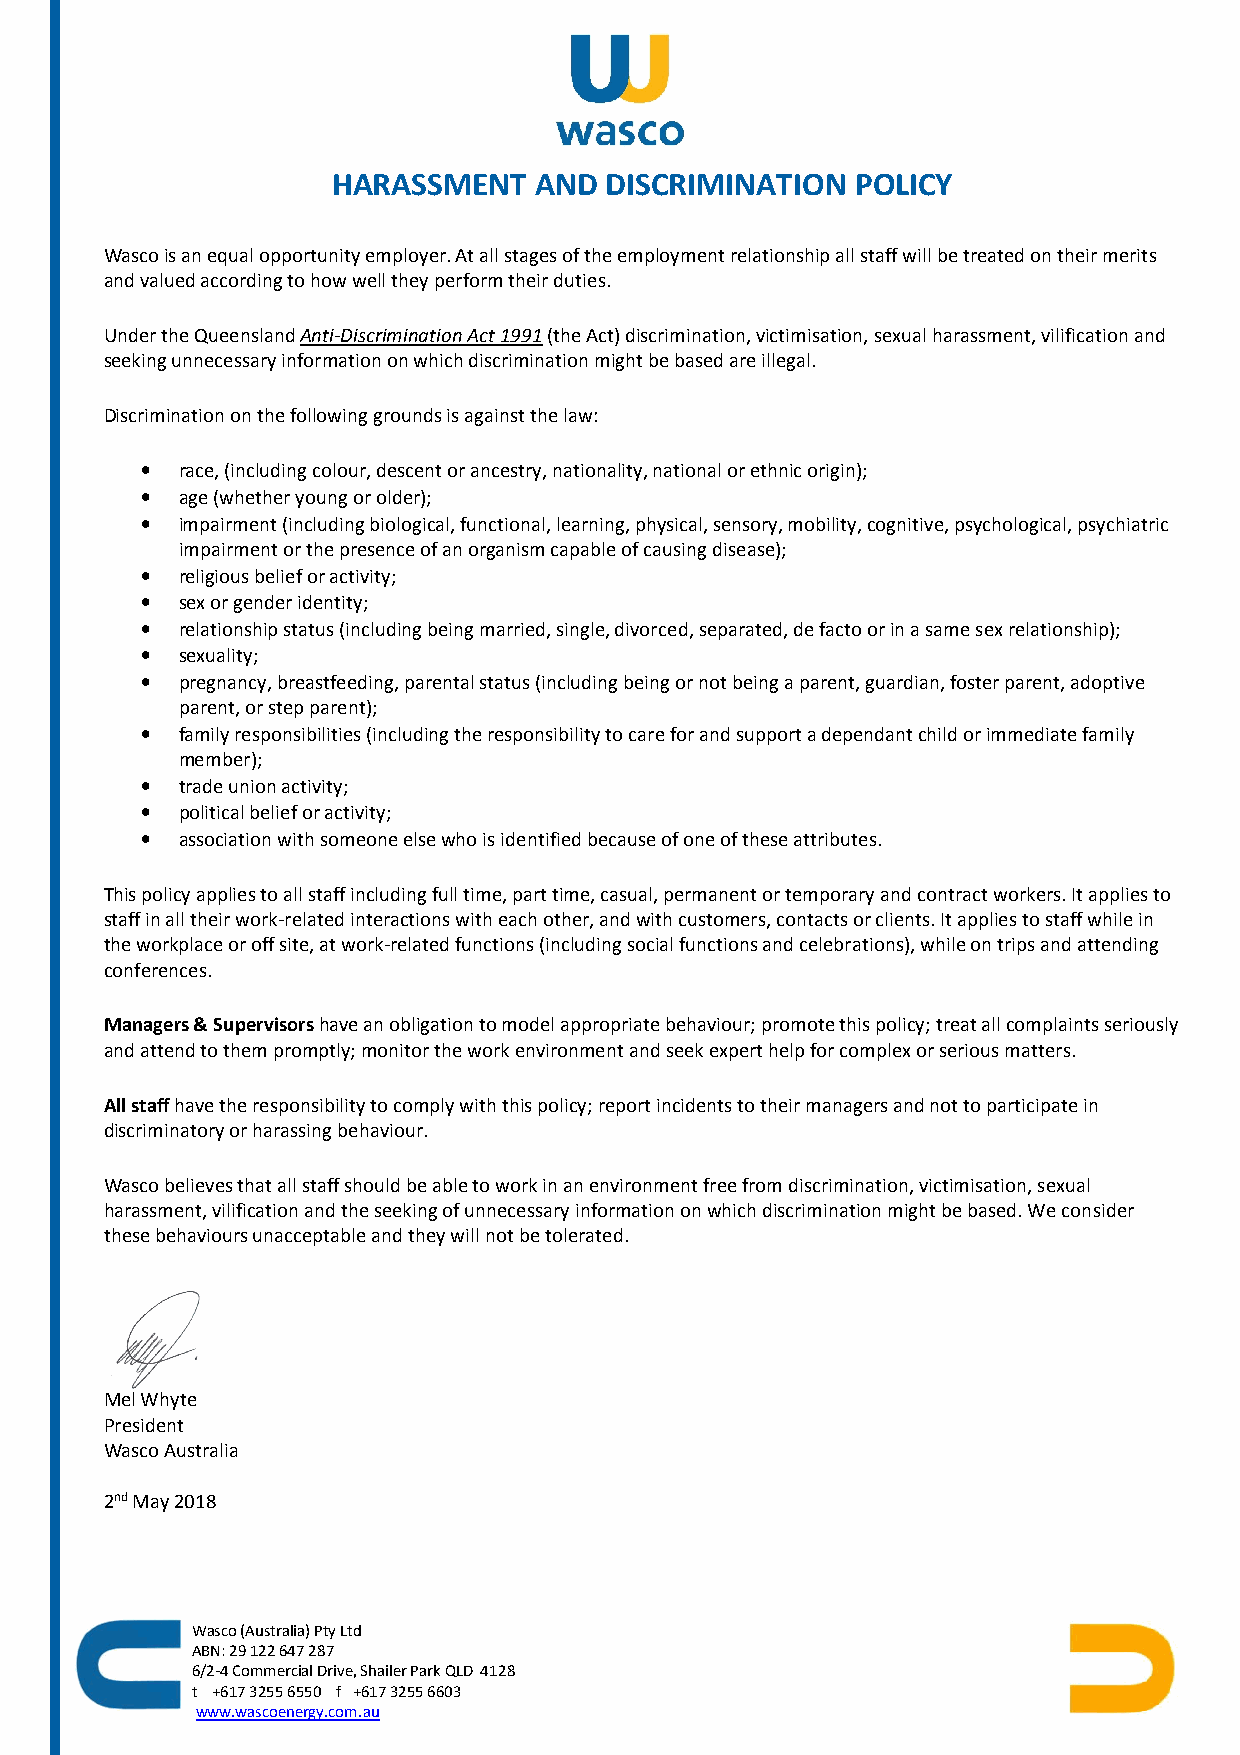
HARASSMENT   AND  DISCRIMINATION   POLICY
 Wasco is an equal opportunity employer. At all stages of the employment relationship all staff will be treated on their merits
 and valued according to how well they perform their duties.
 Under the Queensland Anti-Discrimination Act 1991 (the Act) discrimination, victimisation, sexual harassment, vilification and
 seeking unnecessary information on which discrimination might be based are illegal.
 Discrimination on the following grounds is against the law:
 •  race, (including colour, descent or ancestry, nationality, national or ethnic origin);
 •  age (whether young or older);
 •  impairment (including biological, functional, learning, physical, sensory, mobility, cognitive, psychological, psychiatric
 impairment or the presence of an organism capable of causing disease);
 •  religious belief or activity;
 •  sex or gender identity;
 •  relationship status (including being married, single, divorced, separated, de facto or in a same sex relationship);
 •  sexuality;
 •  pregnancy, breastfeeding, parental status (including being or not being a parent, guardian, foster parent, adoptive
 parent, or step parent);
 •  family responsibilities (including the responsibility to care for and support a dependant child or immediate family
 member);
 •  trade union activity;
 •  political belief or activity;
 •  association with someone else who is identified because of one of these attributes.
 This policy applies to all staff including full time, part time, casual, permanent or temporary and contract workers. It applies to
 staff in all their work-related interactions with each other, and with customers, contacts or clients. It applies to staff while in
 the workplace or off site, at work-related functions (including social functions and celebrations), while on trips and attending
 conferences.
 Managers & Supervisors have an obligation to model appropriate behaviour; promote this policy; treat all complaints seriously
 and attend to them promptly; monitor the work environment and seek expert help for complex or serious matters.
 All staff have the responsibility to comply with this policy; report incidents to their managers and not to participate in
 discriminatory or harassing behaviour.
 Wasco believes that all staff should be able to work in an environment free from discrimination, victimisation, sexual
 harassment, vilification and the seeking of unnecessary information on which discrimination might be based. We consider
 these behaviours unacceptable and they will not be tolerated.
 Mel Whyte
 President
 Wasco Australia
 2nd May 2018
 Wasco (Australia) Pty Ltd
 ABN: 29 122 647 287
 6/2-4 Commercial Drive, Shailer Park QLD 4128
 t +617 3255 6550 f +617 3255 6603
 www.wascoenergy.com.au